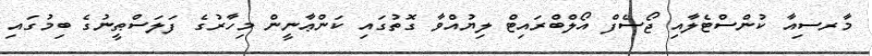
މާރސިއާ ކުންސްޓެލާއި ޖޯސެފް އޯލްބްރައިޓް ލިޔުއްވާ ގޮތުގައި ކަންޢާނީން މިހާރުގެ ފަލަސްޠީނުގެ ބިމުގައި